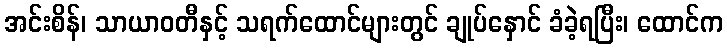
အင်းစိန်၊ သာယာဝတီနှင့် သရက်ထောင်များတွင် ချုပ်နှောင် ခံခဲ့ရပြီး၊ ထောင်က